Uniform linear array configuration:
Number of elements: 4
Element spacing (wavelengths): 0.25
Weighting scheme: hamming
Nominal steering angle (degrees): -45
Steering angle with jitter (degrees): -43.041
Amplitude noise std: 0.05
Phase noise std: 0.05

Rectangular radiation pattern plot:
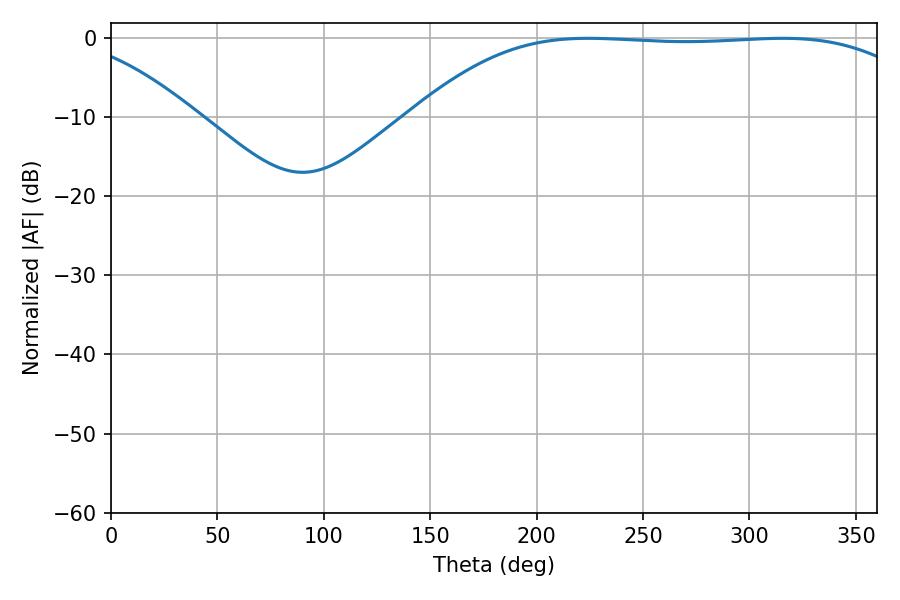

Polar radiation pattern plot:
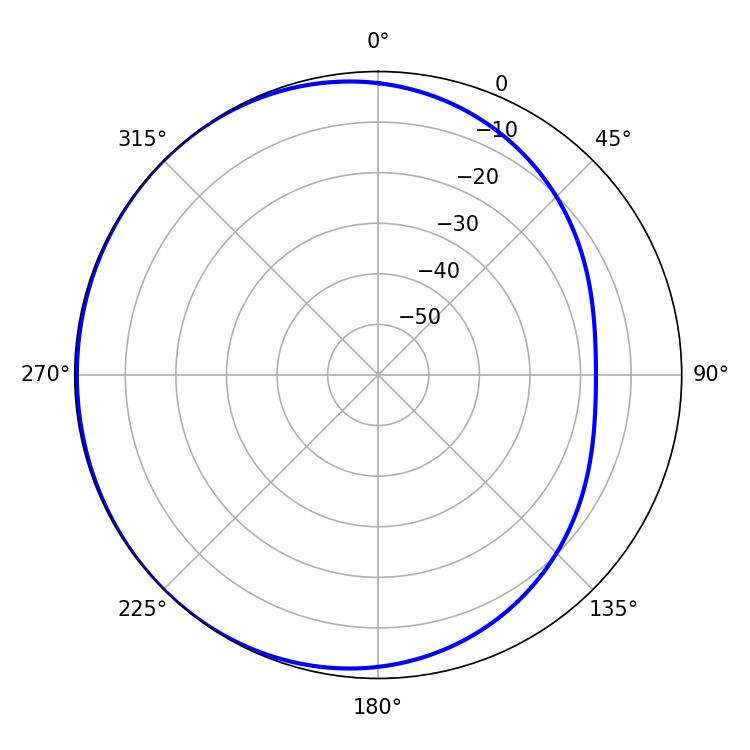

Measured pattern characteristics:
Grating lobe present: FALSE
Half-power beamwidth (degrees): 185.58
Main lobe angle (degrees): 224.28